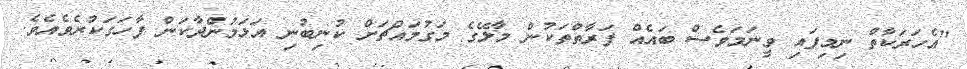
"އެހަރަކާތް ނިމިފައި ވީނަމަވެސް ބައެއް ފަރާތްތަކުން މާލޭގެ މަގުމައްޗަށް ކުނިބުނި އަޅަމުންދާކަން ފާހަގަކުރެވެއެވެ.